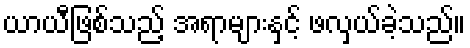
ယာယီဖြစ်သည့် အရာများနှင့် ဖလှယ်ခဲ့သည်။